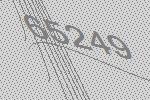
65249